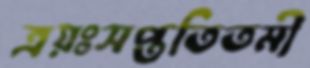
ত্রয়ঃসপ্ততিতমী